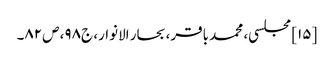
[۱۵] مجلسی، محمد باقر، بحار الانوار، ج‌۹۸، ص‌۸۲۔